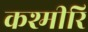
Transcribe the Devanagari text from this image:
कश्मीरि